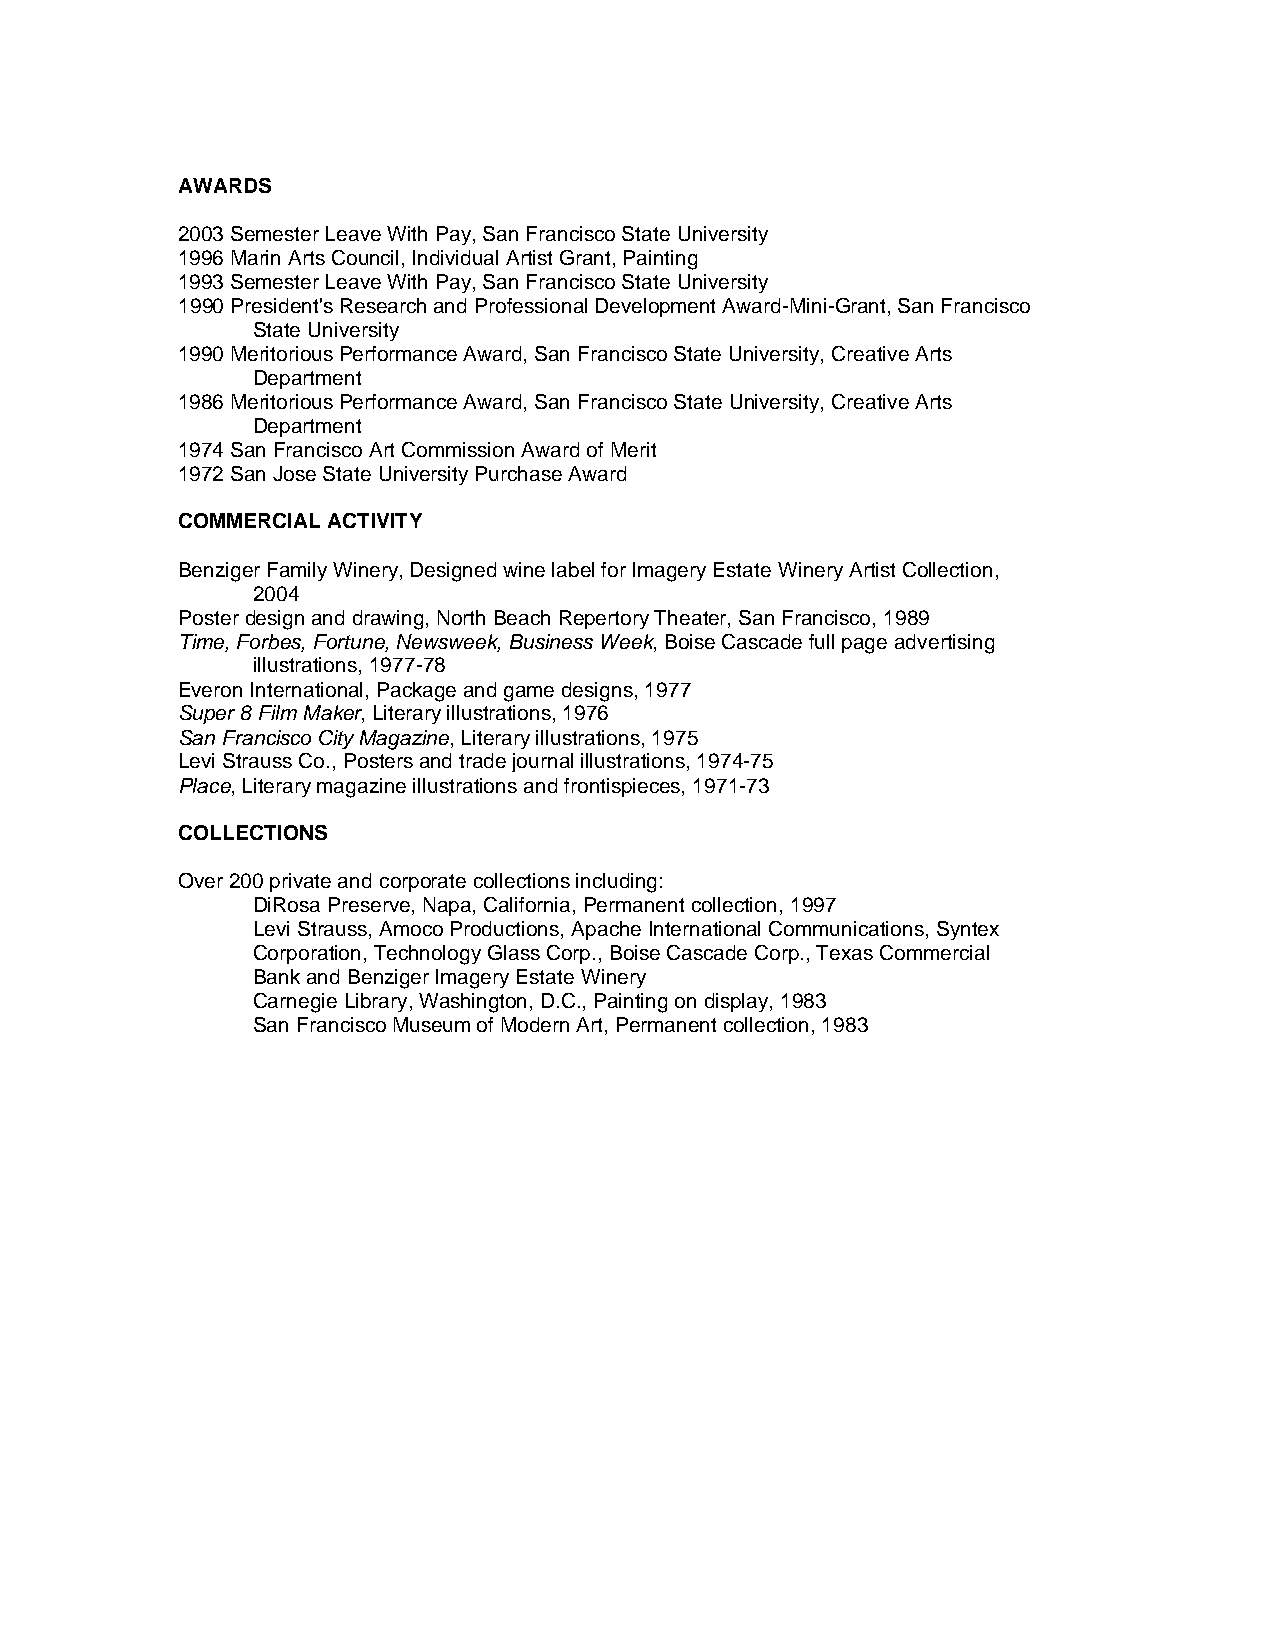
AWARDS
 2003 Semester Leave With Pay, San Francisco State University
 1996 Marin Arts Council, Individual Artist Grant, Painting
 1993 Semester Leave With Pay, San Francisco State University
 1990 President's Research and Professional Development Award-Mini-Grant, San Francisco
 State University
 1990 Meritorious Performance Award, San Francisco State University, Creative Arts
 Department
 1986 Meritorious Performance Award, San Francisco State University, Creative Arts
 Department
 1974 San Francisco Art Commission Award of Merit
 1972 San Jose State University Purchase Award
 COMMERCIAL ACTIVITY
 Benziger Family Winery, Designed wine label for Imagery Estate Winery Artist Collection,
 2004
 Poster design and drawing, North Beach Repertory Theater, San Francisco, 1989
 Time, Forbes, Fortune, Newsweek, Business Week, Boise Cascade full page advertising
 illustrations, 1977-78
 Everon International, Package and game designs, 1977
 Super 8 Film Maker, Literary illustrations, 1976
 San Francisco City Magazine, Literary illustrations, 1975
 Levi Strauss Co., Posters and trade journal illustrations, 1974-75
 Place, Literary magazine illustrations and frontispieces, 1971-73
 COLLECTIONS
 Over 200 private and corporate collections including:
 DiRosa Preserve, Napa, California, Permanent collection, 1997
 Levi Strauss, Amoco Productions, Apache International Communications, Syntex
 Corporation, Technology Glass Corp., Boise Cascade Corp., Texas Commercial
 Bank and Benziger Imagery Estate Winery
 Carnegie Library, Washington, D.C., Painting on display, 1983
 San Francisco Museum of Modern Art, Permanent collection, 1983